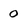
Character: 0